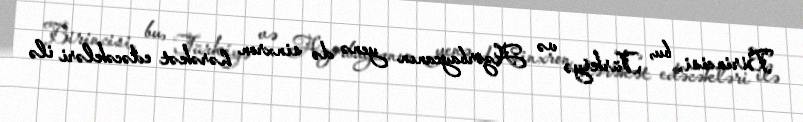
Birincisi, bu, Türkiyə və Azərbaycanın yenə də sinxron hərəkət edəcəkləri ilə